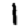
Digit: 1